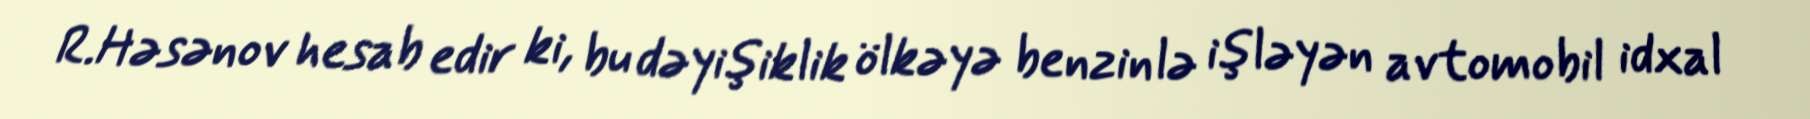
R.Həsənov hesab edir ki, bu dəyişiklik ölkəyə benzinlə işləyən avtomobil idxal